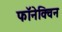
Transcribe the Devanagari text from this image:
फॉनेक्विन